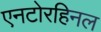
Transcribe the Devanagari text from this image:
एनटोरहिनल